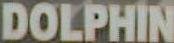
DOLPHIN